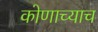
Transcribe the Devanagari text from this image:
कोणाच्याच